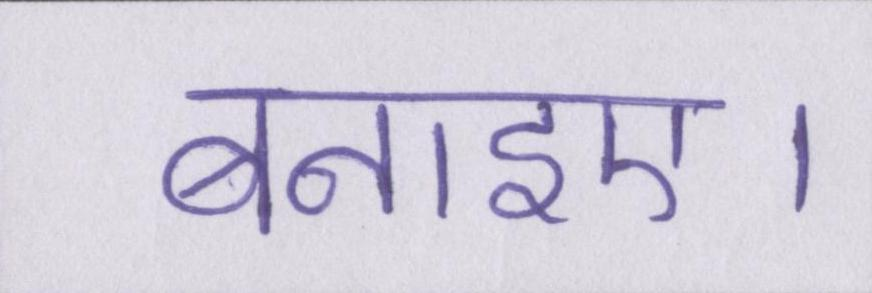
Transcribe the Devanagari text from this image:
बनाइए।